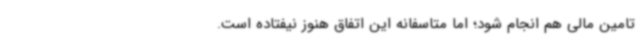
تامین مالی هم انجام شود؛ اما متاسفانه این اتفاق هنوز نیفتاده است.